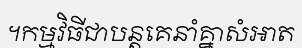
។កម្មវិធីជាបន្តគេនាំគ្នាសំអាត